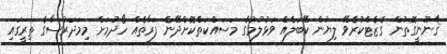
ޤާނޫނީގޮތުން ގެޒެޓްކުރެވޭ ލިޔުން ކޭބަލެއް ވަޅުލުމުގެ މަސައްކަތްކޮށްދޭނެ ފަރާތެއް ހޯދުމަށް މިމަދަރުސާގެ ތިރީގައި